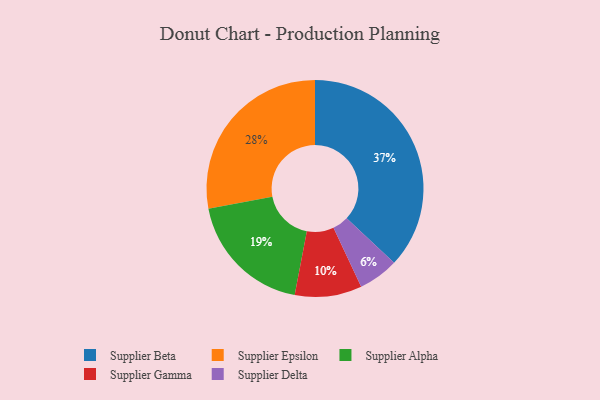
{"axis": {"x": "Category", "y": "Percentage"}, "legend": ["Supplier Alpha", "Supplier Beta", "Supplier Delta", "Supplier Epsilon", "Supplier Gamma"], "data": [{"x": "Supplier Alpha", "y": 19, "type": "Supplier Alpha"}, {"x": "Supplier Beta", "y": 37, "type": "Supplier Beta"}, {"x": "Supplier Delta", "y": 6, "type": "Supplier Delta"}, {"x": "Supplier Epsilon", "y": 28, "type": "Supplier Epsilon"}, {"x": "Supplier Gamma", "y": 10, "type": "Supplier Gamma"}]}